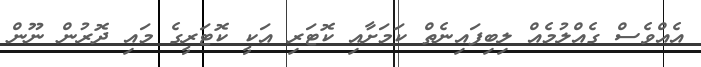
އެއްވެސް ގެއްލުމެއް ލިބިފައިނެތް ކަމަށާއި ކޮޓަރި އަކީ ކޮޓަރީގެ މައި ދޮރުން ނޫން